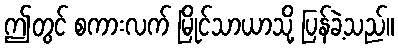
ဤတွင် စကားလက် မြိုင်သာယာသို့ ပြန်ခဲ့သည်။